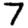
Digit: 7